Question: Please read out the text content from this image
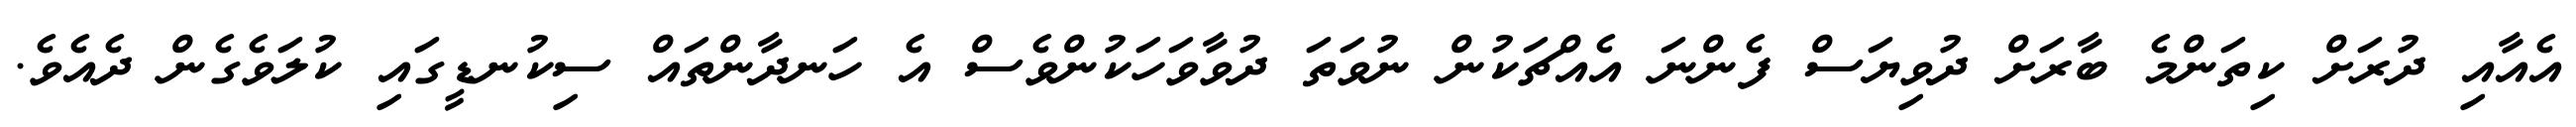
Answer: އެއާއި ދުރަށް ކިތަންމެ ބާރަށް ދުވިޔަސް ފެންނަ އެއްޗަކުން ނުވަތަ ދުވާވަހަކުންވެސް އެ ހަނދާންތައް ސިކުނޑީގައި ކުލަވެގެން ދެއެވެ.